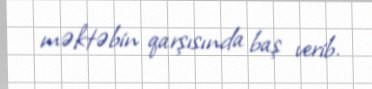
məktəbin qarşısında baş verib.